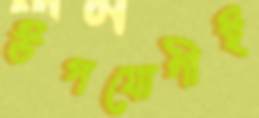
উপযোগীই